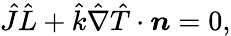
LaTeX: \hat{J}\hat{L}+\hat{k}\hat{\nabla}\hat{T}\cdot\boldsymbol{n}=0,